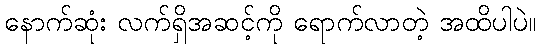
နောက်ဆုံး လက်ရှိအဆင့်ကို ရောက်လာတဲ့ အထိပါပဲ။